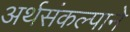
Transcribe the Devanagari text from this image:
अर्थसंकल्पाने